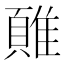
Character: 𲉮